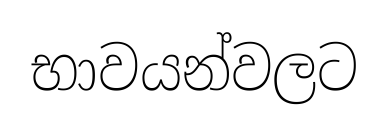
භාවයන්වලට